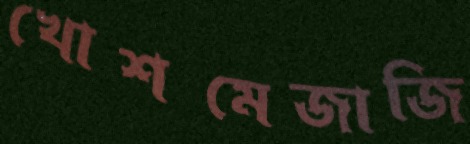
খোশমেজাজি